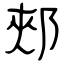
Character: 郟